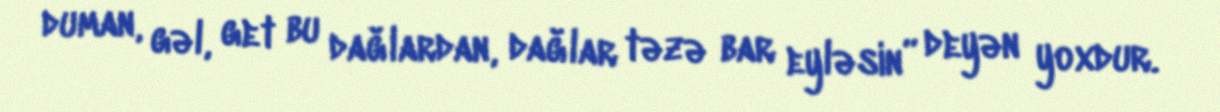
duman, gəl, get bu dağlardan, dağlar təzə bar eyləsin” deyən yoxdur.